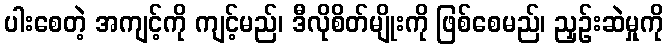
ပါးစေတဲ့ အကျင့်ကို ကျင့်မည်၊ ဒီလိုစိတ်မျိုးကို ဖြစ်စေမည်၊ ညှဉ်းဆဲမှုကို